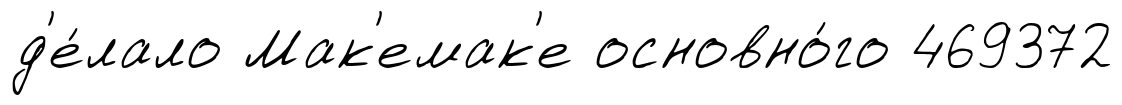
д'е́лало Мак'емак'е основно́го 469372